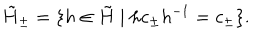
LaTeX: \tilde { H } _ { \pm } = \{ h \in \tilde { H } \mid h c _ { \pm } h ^ { - 1 } = c _ { \pm } \} .